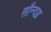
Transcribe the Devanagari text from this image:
सौन्दय्र